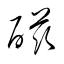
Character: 磁